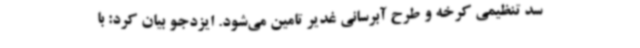
سد تنظیمی کرخه و طرح آبرسانی غدیر تامین می‌شود. ایزدجو بیان کرد: با